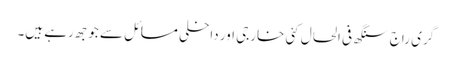
گری راج سنگھ فی الحال کئی خارجی اور داخلی مسائل سے جوجھ رہے ہیں۔